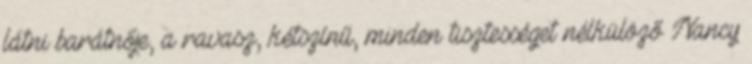
látni barátnője, a ravasz, kétszínű, minden tisztességet nélkülöző Nancy